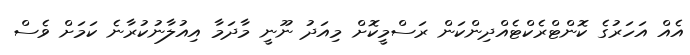
އެއް އަހަރުގެ ކޮންޓްރެކްޓެއްދިންކަން ރަސްމީކޮށް މިއަދު ނޫނީ މާދަމާ އިއުލާނުކުރާނެ ކަމަށް ވެސް